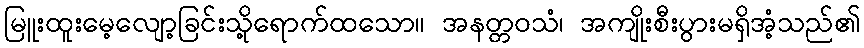
မြူးထူးမေ့လျော့ခြင်းသို့ရောက်ထသော။ အနတ္တဝသံ၊ အကျိုးစီးပွားမရှိအံ့သည်၏